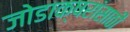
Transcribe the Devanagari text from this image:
जोडाक्षरांसाठी